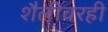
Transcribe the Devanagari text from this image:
शैलीवरही